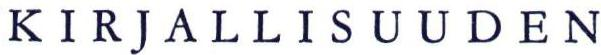
KIRJALLISUUDEN